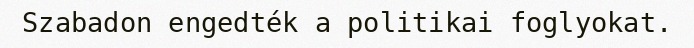
Szabadon engedték a politikai foglyokat.